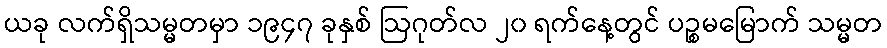
ယခု လက်ရှိသမ္မတမှာ ၁၉၄၇ ခုနှစ် ဩဂုတ်လ ၂၀ ရက်နေ့တွင် ပဉ္စမမြောက် သမ္မတ